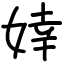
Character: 婞